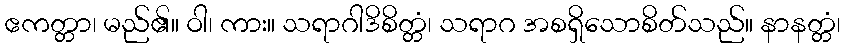
ဧကတ္တာ၊ မည်၏။ ဝါ၊ ကား။ သရာဂါဒိစိတ္တံ၊ သရာဂ အစရှိသောစိတ်သည်။ နာနတ္တံ၊